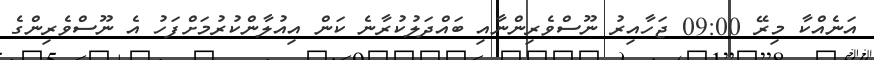
އަނެއްކާ މިރޭ 09:00 ޖަހާއިރު ނޫސްވެރިންނާއި ބައްދަލުކުރާނެ ކަން އިއުލާންކުރުމަށްފަހު އެ ނޫސްވެރިންގެ